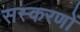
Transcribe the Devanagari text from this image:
सस्करणों